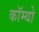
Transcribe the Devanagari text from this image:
कॉम्‍यो